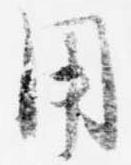
用